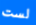
لست